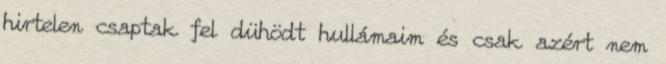
hirtelen csaptak fel dühödt hullámaim és csak azért nem